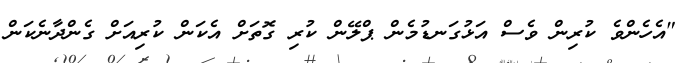
"އެހެންވެ ކުރިން ވެސް އަޅުގަނޑުމެން ޕްލޭން ކުރި ގޮތަށް އެކަން ކުރިއަށް ގެންދާނެކަން